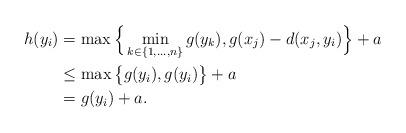
LaTeX: \begin{align*} h(y_i)&= \max\Big\{\min_{k\in\{1,\ldots,n\}}g(y_k),g(x_j)-d(x_j,y_i)\Big\}+a\\ &\le \max\big\{g(y_i),g(y_i)\big\}+a\\ &=g(y_i)+a.\end{align*}